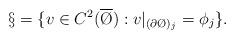
LaTeX: \begin{align*}\S = \{ v \in C^{2}(\overline\O ) : v|_{(\partial \O)_{j} } = \phi_{j} \}.\end{align*}